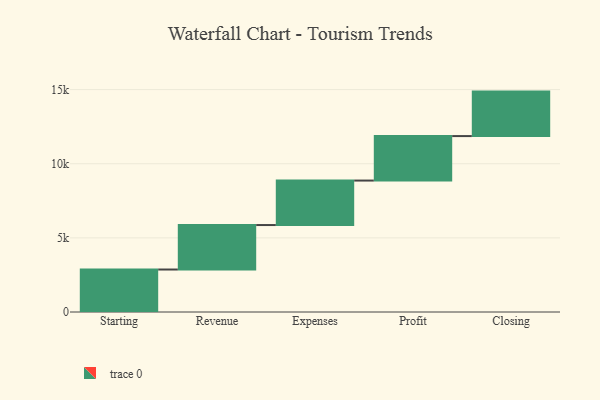
{"axis": {"x": "Step", "y": "Value"}, "legend": [""], "data": [{"x": "Starting", "y": 2865.0, "type": ""}, {"x": "Revenue", "y": 3000, "type": ""}, {"x": "Expenses", "y": 3000, "type": ""}, {"x": "Profit", "y": 3000, "type": ""}, {"x": "Closing", "y": 3000, "type": ""}]}